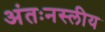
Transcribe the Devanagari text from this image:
अंतःनस्लीय